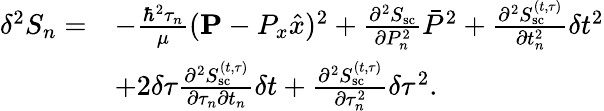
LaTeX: \begin{array}{rl}{\delta^{2}S_{n}=}&{-\frac{\hbar^{2}\tau_{n}}{\mu}({\mathbf P}-P_{x}\hat{x})^{2}+\frac{\partial^{2}S_{\mathrm{sc}}}{\partial P_{n}^{2}}\bar{P}^{2}+\frac{\partial^{2}S_{\mathrm{sc}}^{(t,\tau)}}{\partial t_{n}^{2}}\delta t^{2}}\\ &{+2\delta\tau\frac{\partial^{2}S_{\mathrm{sc}}^{(t,\tau)}}{\partial\tau_{n}\partial t_{n}}\delta t+\frac{\partial^{2}S_{\mathrm{sc}}^{(t,\tau)}}{\partial\tau_{n}^{2}}\delta\tau^{2}.}\end{array}